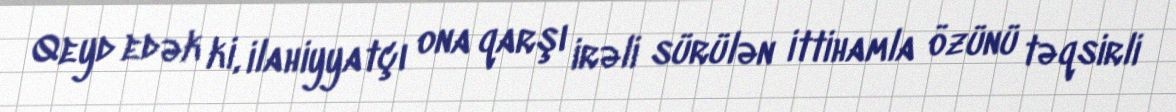
Qeyd edək ki, ilahiyyatçı ona qarşı irəli sürülən ittihamla özünü təqsirli